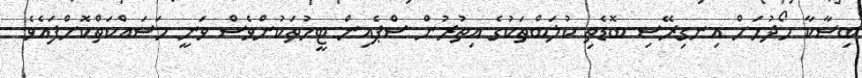
ބިސާކާ ހޯދުމަށް އިނގިރޭސި ބޮޑެތި ކުލަބްތަކުގެ އިތުރުން ސްޕެއިން ޓީމުތަކުންވެސް ވަނީ މަސައްކަތްކޮށްފައެވެ.